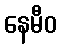
နေမီဝ